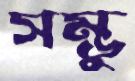
সম্ভু